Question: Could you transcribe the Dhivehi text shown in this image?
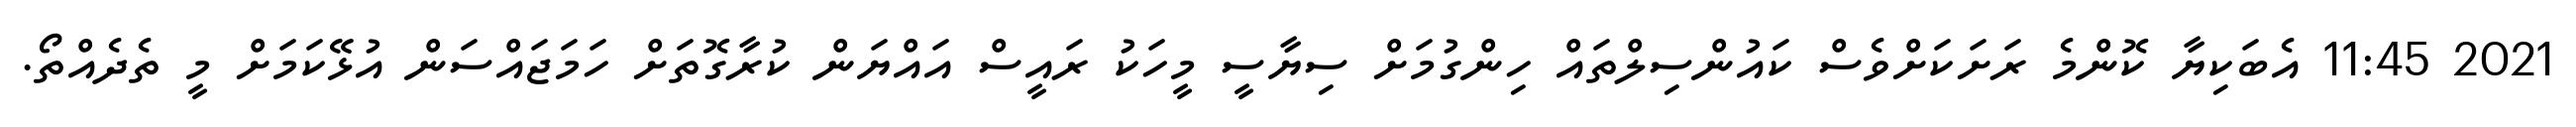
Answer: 2021 11:45 އެބަކިޔާ ކޮންމެ ރަށަކަށްވެސް ކައުންސިލްތައް ހިންގުމަށް ސިޔާސީ މީހަކު ރައީސް އައްޔަން ކުރާގޮތަށް ހަމަޖައްސަން އުޅޭކަމަށް މީ ތެދެއްތޯ.